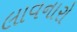
લાવનારો